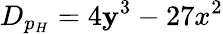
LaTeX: D_{p_{H}}=4\mathbf{y}^{3}-27x^{2}